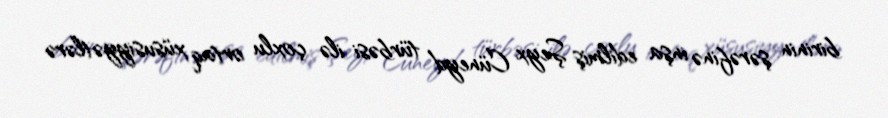
birinin şərəfinə inşa edilmiş Şeyx Cüneyd türbəsi ilə çoxlu ortaq xüsusiyyətlərə